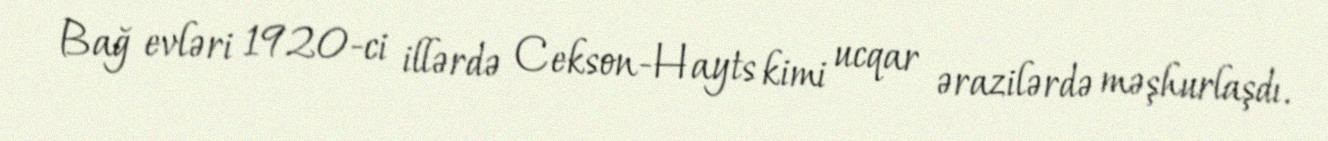
Bağ evləri 1920-ci illərdə Cekson-Hayts kimi ucqar ərazilərdə məşhurlaşdı.